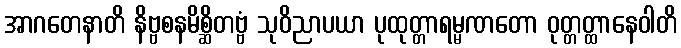
အာဂတေနာတိ နိဗ္ဗစနမိစ္ဆိတဗ္ဗံ သုဝိညာပယာ ပုထုတ္တာရမ္မဏတော ဝုတ္တတ္ထာနေဝါတိ